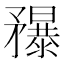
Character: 䂍